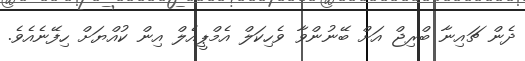
ދެން ޗައިނާ ބްރިޖް އަށް ބޭނުންވާ ވެހިކަލް އެމްޕީއެލް އިން ކުއްޔަށް ހިފޭނެއެވެ.